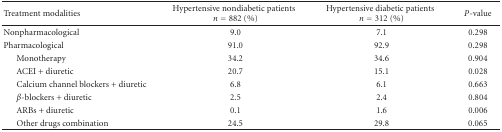
<table><thead><tr><td><b>Treatment modalities</b></td><td><b>Hypertensive nondiabetic patients<i>n</i> = 882 (%)</b></td><td><b>Hypertensive diabetic patients<i>n</i> = 312 (%)</b></td><td><b><i>P</i>-value</b></td></tr></thead><tbody><tr><td>Nonpharmacological</td><td>9.0</td><td>7.1</td><td>0.298</td></tr><tr><td>Pharmacological</td><td>91.0</td><td>92.9</td><td>0.298</td></tr><tr><td> Monotherapy</td><td>34.2</td><td>34.6</td><td>0.904</td></tr><tr><td> ACEI + diuretic</td><td>20.7</td><td>15.1</td><td>0.028</td></tr><tr><td> Calcium channel blockers + diuretic</td><td>6.8</td><td>6.1</td><td>0.663</td></tr><tr><td> <i>β</i>-blockers + diuretic</td><td>2.5</td><td>2.4</td><td>0.804</td></tr><tr><td> ARBs + diuretic</td><td>0.1</td><td>1.6</td><td>0.006</td></tr><tr><td> Other drugs combination</td><td>24.5</td><td>29.8</td><td>0.065</td></tr></tbody></table>